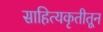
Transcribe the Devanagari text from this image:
साहित्यकृतीतून